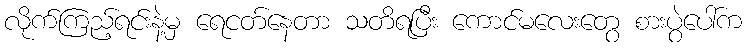
လိုက်ကြည့်ရင်းနဲ့မှ ရေငတ်နေတာ သတိရပြီး ကောင်မလေးတွေ စားပွဲပေါ်က